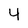
Character: 4